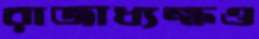
রাজাধ্যক্ষও